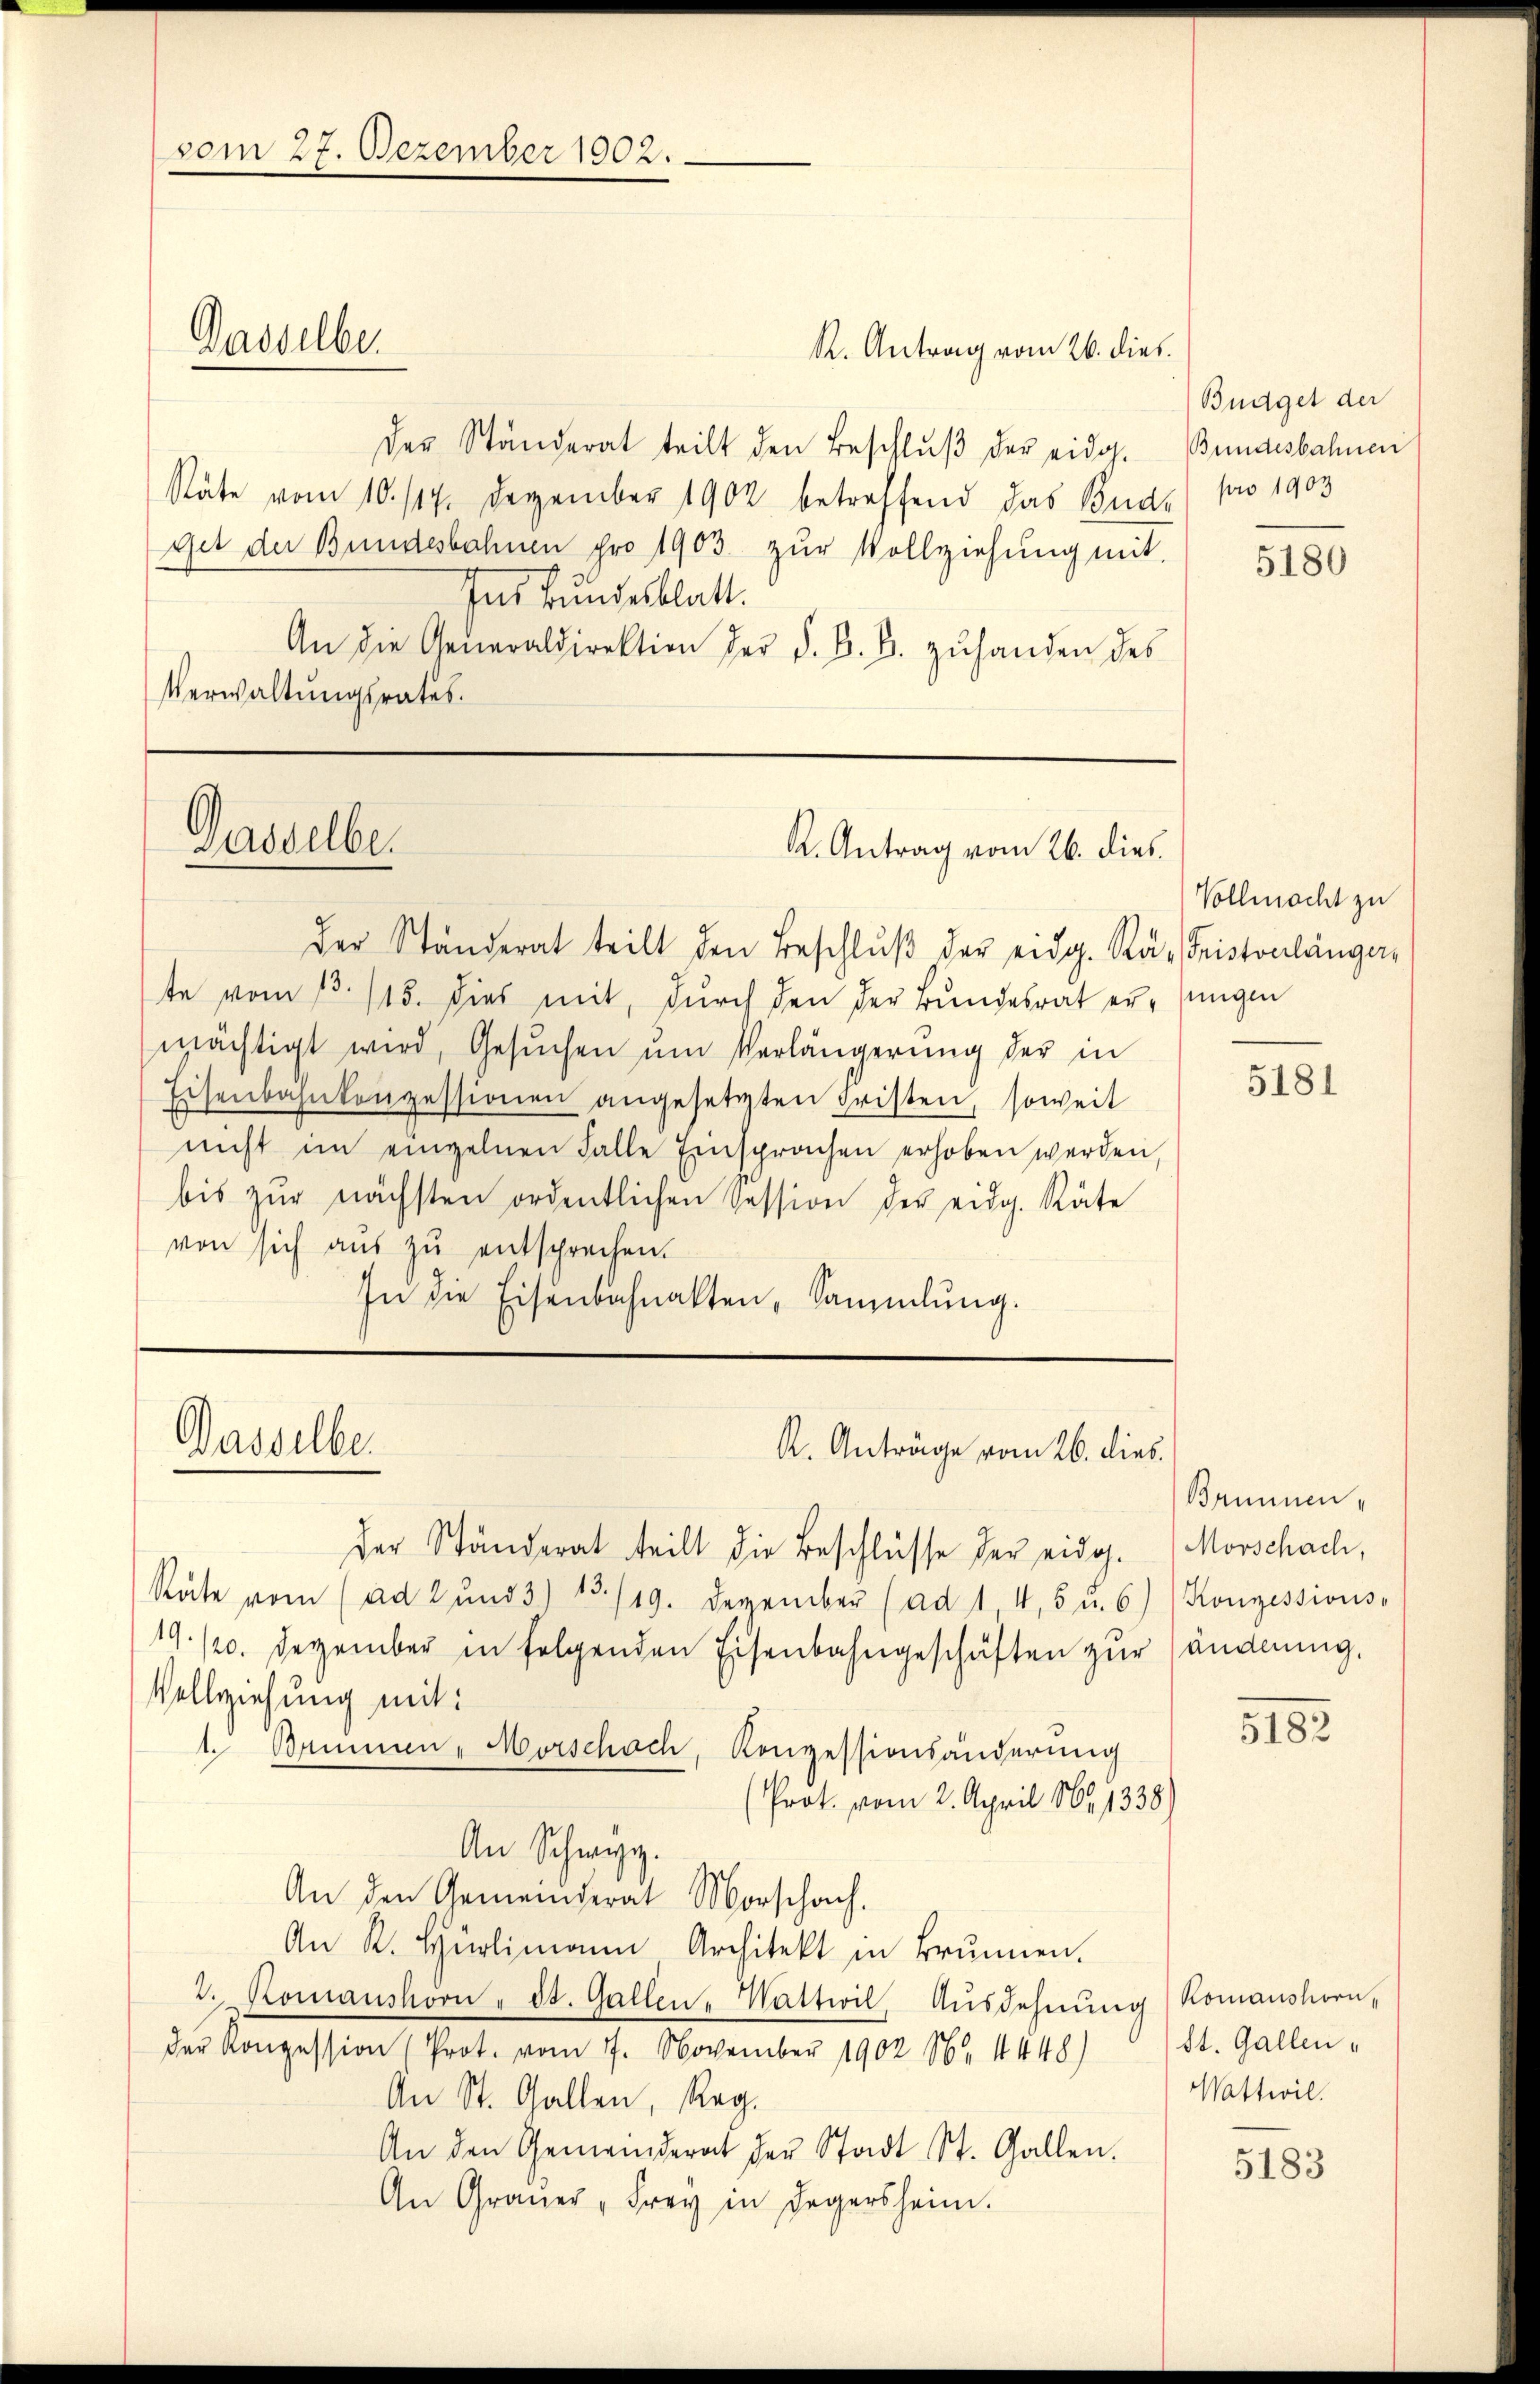
Der Ständerat teilt den Beschlŭβ der eidg. Bundesbahnen
Stäte vom 10. 117. Dezember 1902 betreffend das Bude pro 1903
get der Bundesbahnen pro 1903. zŭr Vollziehŭng mit
Ins Bundesblatt.
An die Generaldirektion der d. B. B. zŭ handen des
Verwaltungsrates.

vom 27. Dezember 1902.

Dasselber

Gasselber

Der Ständerat teilt den Beschlŭβ der eidg. Rä- Fristonlänger
te vom 13. 115. dies mit, dŭrch den der Bundesrat er jungen
mächtigt wird, Gesŭchen ŭm Verlängerŭng der in
Eisenbahnkonzessionen angesetzten Fristen, soweit
nicht im einzelnen Falle Einsprachen erhoben werden,
bis zŭr nächsten ordentlichen Session der eidg. Räte
von sich aus zu entsprechen.
In die Eisenbahnakten, Sammlung.

Wasselber

R. Antrag vom 26. dies

K. Antrag vom 26. dies

der Ständerat teilt die Beschlüsse der eidg. Morschach,
Räte vom (ad 2 ŭnd 3) 13./19. Dezember (ad 1, 4, 5 u. 6) Konzessions-
19./20. Dezember in folgenden Eisenbahngeschäften zur Händerung,
Vollziehung mit:
1. Brunnen - Morschach, Konzessionsänderung
Prot. vom 2. April 181338)
An Schweiz.
An den Gemeinderat Morschach.
An R. Hürlimann Architekt in Brŭnnen.
2. Romanshoon " St. Gallen - Wattwil, Ausdehnung Komanshorn-
der Konzession (Prot. vom 7. November 1902 86. 4448)
An St. Gallen, Reg.
An den Gemeinderat der Stadt St. Gallen.
An Grauer Frey in Degersheim.

K. Anträge vom 26. dies

Bnagel der

5180

Vollmacht zu

5181

Brunnen,

3183

St. Gallen,
Wattwil

5183